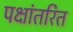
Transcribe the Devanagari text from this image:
पक्षांतरित